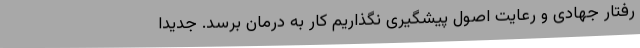
رفتار جهادی و رعایت اصول پیشگیری نگذاریم کار به درمان برسد. جدیدا